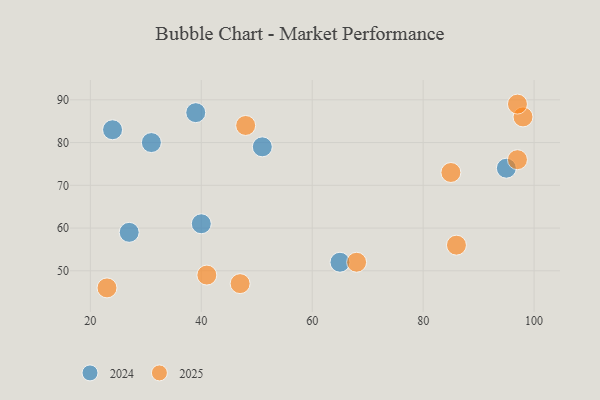
{"axis": {"x": "GDP", "y": "Life Expectancy"}, "legend": ["2024", "2025"], "data": [{"x": "98", "y": 86, "type": "2025"}, {"x": "41", "y": 49, "type": "2025"}, {"x": "86", "y": 56, "type": "2025"}, {"x": "85", "y": 73, "type": "2025"}, {"x": "47", "y": 47, "type": "2025"}, {"x": "97", "y": 76, "type": "2025"}, {"x": "68", "y": 52, "type": "2025"}, {"x": "48", "y": 84, "type": "2025"}, {"x": "97", "y": 89, "type": "2025"}, {"x": "23", "y": 46, "type": "2025"}, {"x": "40", "y": 61, "type": "2024"}, {"x": "65", "y": 52, "type": "2024"}, {"x": "27", "y": 59, "type": "2024"}, {"x": "95", "y": 74, "type": "2024"}, {"x": "51", "y": 79, "type": "2024"}, {"x": "31", "y": 80, "type": "2024"}, {"x": "24", "y": 83, "type": "2024"}, {"x": "39", "y": 87, "type": "2024"}]}